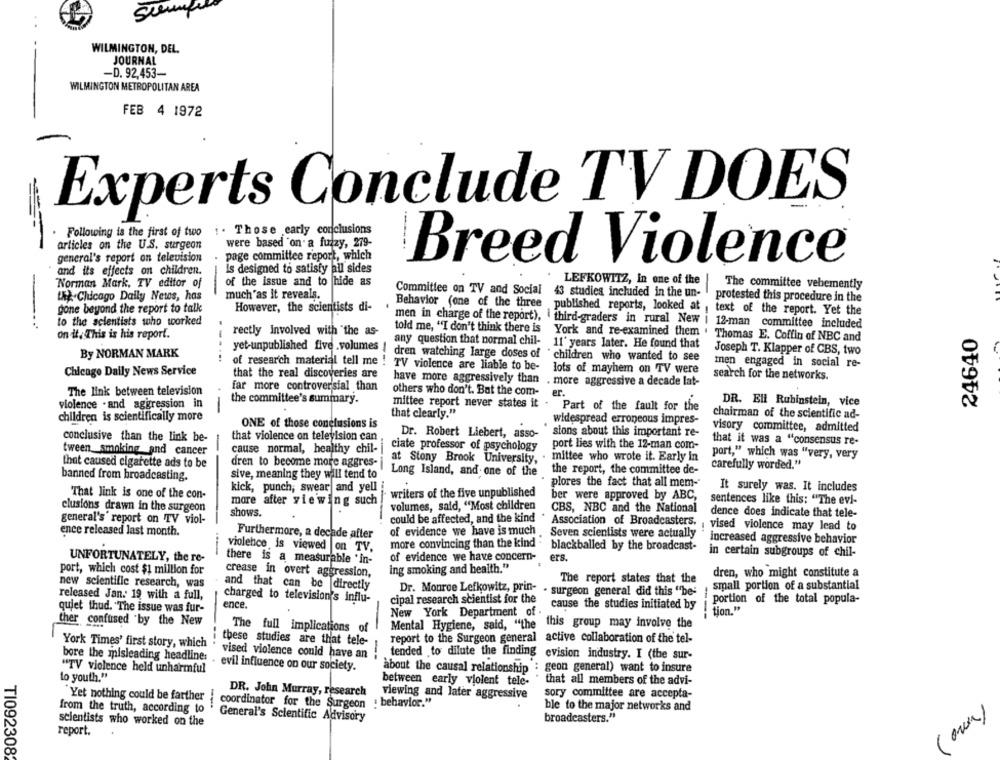
sempre
WILMINGTON, DEL.
JOURNAL
-D. 92,453-
WILMINGTON METROPOLITAN AREA
FEB 4 1972
Experts Conclude TV DOES
Following is the first of two i. Those early conclusions
Following is the first of two
were based on a fuzzy, 279-
articles on the U.S. surgeon
general's report on television
page committee report, which
Breed Violence
and its effects on children.
Is designed to satisfy all sides
of the issue and to hide as
LEFKOWITZ, In one of the
Norman Mark, TV editor of
Committee on TV and Social
The committee vehemently
the Chicago Daily Netos, has
much as it reveals.
43 studies included in the un-
protested this procedure in the
gone beyond the report to talk
However, the scientists di-
Behavior (one of the three published reports, looked at
text of the report. Yet the
to the scientists who worked
men in charge of the report), third-graders in rural New i 12-man committee included
on it, This is his report.
rectly involved with "the as-
told me, "I don't think there is
24640
York and re-examined them . Thomas E. Coffin of NBC and
any question that normal chil- 11' years later. He found that
By NORMAN MARK
--....
yet-unpublished five .volumes ! dren watching large doses of children who wanted to see
Joseph T. Klapper of CBS, two
of research material tell me ! TV violence are liable to be-
inen engaged in social re-
Chicago Daily News Service
lots of mayhem on TV were
that the real discoveries are
search for the networks.
far more controversial than
have more aggressively than . more aggressive a decade lat-
The link between television
others who don't. Bat the com-
er.
violence . and aggression in
the committee's summary.
DR. Ell Rubinstein, vice
mittee report never states it . Part of the fault for the
children is scientifically more
that clearly."
chairman of the scientific ad-
ONE of those conclusions is
widespread erroneous impres-
sions about this important re-
visory committee, admitted
conclusive than the link be-
that violence on television can
Dr. Robert Liebert, asso-
that it was a "consensus re-
cause normal, healthy chil-
ciate professor of psychology
port lies with the 12-man com-
tween smoking and cancer
at Stony Brook University, . mittee who wrote it. Early in
port," which was "very, very
that caused cigarette ads to be
dren to become more aggres-
Long Island, and one of the
the report, the committee de-
carefully worded."
banned from broadcasting.
sive, meaning they will tend to
plores the fact that all mem-
That link is one of the con-
kick, punch; swear and yell
writers of the five unpublished
It surely was. It includes
more after viewing such
ber were approved by ABC,
sentences like this: "The evi-
clusions drawn in the surgeon
volumes, said, "Most children
CBS, NBC and the National
shows.
could be affected, and the kind
dence does indicate that tele-
general's report on TV viol-
ence released last month.
of evidence we have is much
Association of Broadcasters. , vised violence may lead to
Furthermore, a decade after
Seven scientists were actually
increased aggressive behavior
more convincing than the kind "
blackballed by the broadcast-
violence is viewed on TV.
in certain subgroups of chil-
UNFORTUNATELY, the re-
there is a measurable 'in-
of evidence we have concern-
ers.
port, which cost $1 million for
ing smoking and health."
crease in overt aggression,
dren, who might constitute a
new scientific research, was
and that can be directly
The report states that the
small portion of a substantial
Dr. Monroe Lefkowitz, prin-
. surgeon general did this "be-
released Jan. 19 with a full,
charged to television's influ-
cipal research scientist for the
portion of the total popula-
quiet thud. "The issue was fur-
ence.
cause the studies initiated by
New York Department of .
tion."
ther confused by the New
-
this group may involve the
---
The full implications of
Mental Hygiene, said, "the
report to the Surgeon general
York Times' first story, which
these studies are that tele-
active collaboration of the tel-
vised violence could have an
tended to dilute the finding
bore the misleading headline:
--
evision industry. I (the sur-
"TV violence held unharmful
evil influence on our society.
about the causal relationship
geon general) want to insure
to youth."
between early violent tele-
that all members of the advi-
DR. John Murray, research
Yet nothing could be farther
viewing and later aggressive
sory committee are accepta-
---
coordinator for the Surgeon . behavior."
ble to the major networks and
from the truth, according to
scientists who worked on the
General's Scientific Advisory
broadcasters."
report.
TI092308